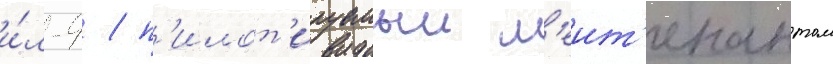
и́л-4 / п'илот'ируемыи л'еит'енантом